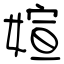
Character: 媗